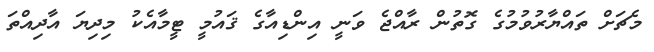
މެޗަށް ތައްޔާރުވުމުގެ ގޮތުން ރާއްޖެ ވަނީ އިންޑިއާގެ ޤައުމީ ޓީމާއެކު މިދިޔަ އާދިއްތަ